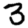
Digit: 3